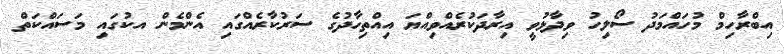
އިބްރާހިމް މުހައްމަދު ސޯލިހު ވިދާޅުވީ އިރާދަކުރެއްވިއްޔަ އިއްތިހާދުގެ ސަރުކާރެއްގައި އެންމެން އކުގައި މަސައްކަތް